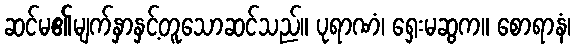
ဆင်မ၏မျက်နှာနှင့်တူသောဆင်သည်။ ပုရာဏံ၊ ရှေးမဆွက။ စောရာနံ၊